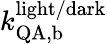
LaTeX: k_{\mathrm{QA,b}}^{\mathrm{light/dark}}